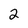
Character: 2